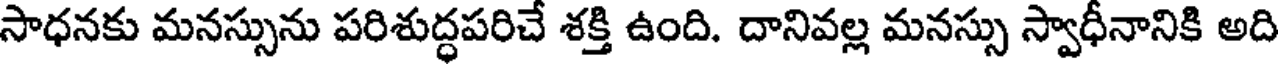
సాధనకు మనస్సును పరిశుద్ధపరిచే శక్తి ఉంది. దానివల్ల మనస్సు స్వాధీనానికి అది